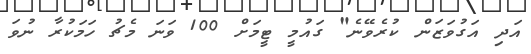
އަދި އަގުވަޒަން ކުރެވޭނެ" ގައުމީ ޓީމަށް 100 ވަނަ މެޗު ހަމަކުރާ ނުވަ